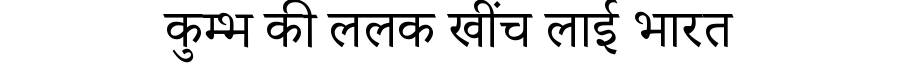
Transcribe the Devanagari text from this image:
कुम्भ की ललक खींच लाई भारत